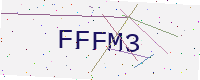
Text: FFFM3